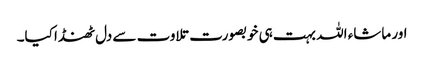
اور ماشاء اللہ بہت ہی خوبصورت تلاوت سے دل ٹھنڈا کیا۔